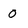
Character: O